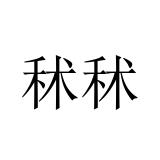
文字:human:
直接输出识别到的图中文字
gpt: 秫秫